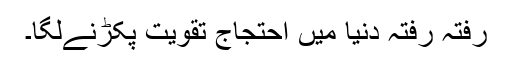
رفتہ رفتہ دنیا میں احتجاج تقویت پکڑنےلگا۔